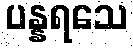
ပန္နရသေ